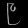
Digit: ၉